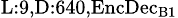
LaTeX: _{\textrm{L}:9,\textrm{D}:640,\textrm{EncDec}_{\textrm{B}1}}